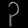
Digit: ၃